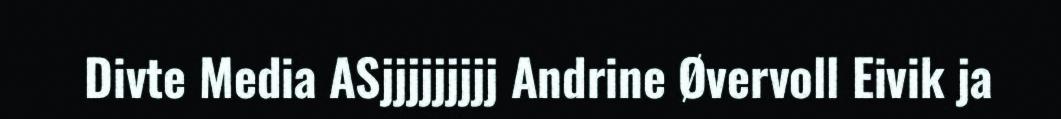
Divte Media ASjjjjjjjjj Andrine Øvervoll Eivik ja